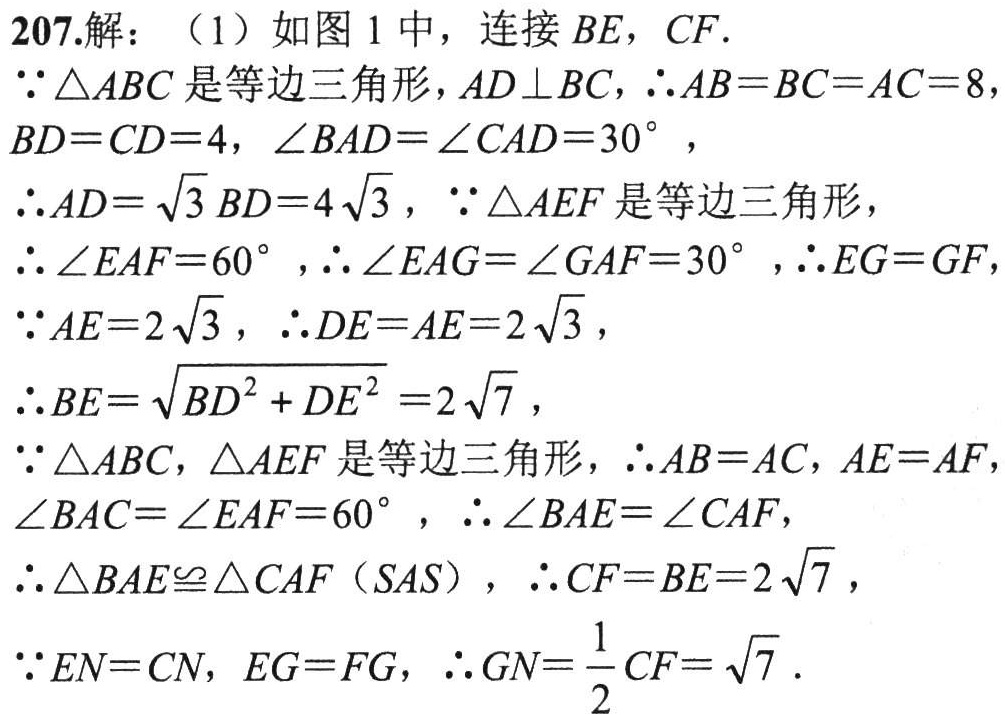
207.解：（1）如图1中，连接\(BE\)，\(CF\).
\(\because\triangle ABC\)是等边三角形，\(AD\perp BC\)，\(\therefore AB = BC = AC = 8\)，\(BD = CD = 4\)，\(\angle BAD=\angle CAD = 30^{\circ}\)，
\(\therefore AD=\sqrt{3}BD = 4\sqrt{3}\)，\(\because\triangle AEF\)是等边三角形，
\(\therefore\angle EAF = 60^{\circ}\)，\(\therefore\angle EAG=\angle GAF = 30^{\circ}\)，\(\therefore EG = GF\)，
\(\because AE = 2\sqrt{3}\)，\(\therefore DE = AE = 2\sqrt{3}\)，
\(\therefore BE=\sqrt{BD^{2}+DE^{2}} = 2\sqrt{7}\)，
\(\because\triangle ABC\)，\(\triangle AEF\)是等边三角形，\(\therefore AB = AC\)，\(AE = AF\)，\(\angle BAC=\angle EAF = 60^{\circ}\)，\(\therefore\angle BAE=\angle CAF\)，
\(\therefore\triangle BAE\cong\triangle CAF（SAS）\)，\(\therefore CF = BE = 2\sqrt{7}\)，
\(\because EN = CN\)，\(EG = FG\)，\(\therefore GN=\frac{1}{2}CF=\sqrt{7}\).